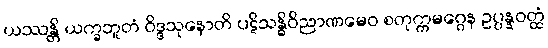
ယဿန္တိ ယက္ခဘူတံ ဝိဒ္ဒသုနောတိ ပဋိသန္ဓိဝိညာဏမေဝ စတုက္ကမဂ္ဂေန ဥပ္ပန္နဝတ္ထံ